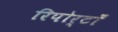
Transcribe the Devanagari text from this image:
रिपोर्टोँं